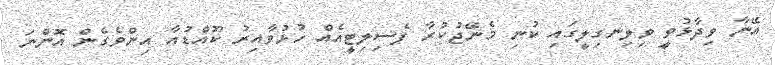
އޭނާ ވިދާޅުވީ ވިލިނގިލީގައި ކުނި މެނޭޖުކުރާ ފެސިލިޓީއެއް ހުޅުވާއިރު ކޫއްޑުއާ އިންވެގެން އޮންނަ